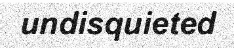
undisquieted